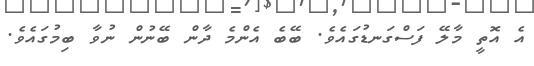
އެ އޮތީ މާލޭ ފަސްގަނޑުގައެވެ. ބޭބެ އެންމެ ދާން ބޭނުން ނުވާ ބިމުގައެވެ.